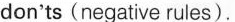
don'ts (negative rules).